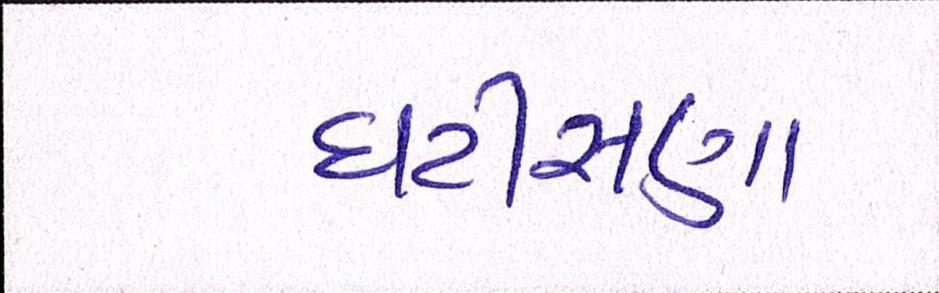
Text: ઘટીસણા